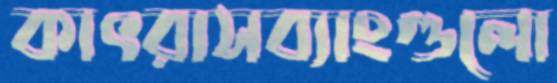
কাৎরাসব্যাংগুলো